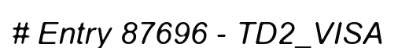
# Entry 87696 - TD2_VISA